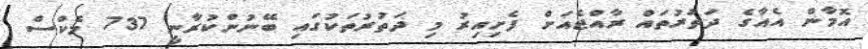
އޮމާން އެއާގެ ދަތުރުތައް ރާއްޖެއަށް ފެށިއިރު މި ދަތުރުތަކުގައި ބޭނުންކުރާނީ 737 މެކްސް